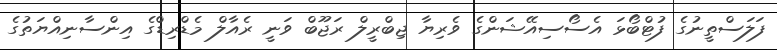
ފަލަސްތީނުގެ ފުޓްބޯޅަ އެސޯސިއޭޝަންގެ ވެރިޔާ ޖިބްރީލް ރަޖޫބް ވަނީ ރެއާލް މެޑްރިޑްގެ އިންސާނިއްޔަތުގެ